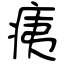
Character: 痍